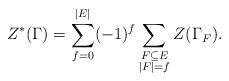
LaTeX: \begin{align*}Z^*(\Gamma)=\sum_{f=0}^{|E|}(-1)^f \sum_{\substack{F\subseteq E\\|F|=f}}Z(\Gamma_F).\end{align*}